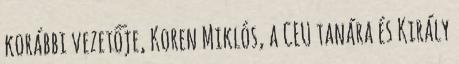
korábbi vezetője, Koren Miklós, a CEU tanára és Király